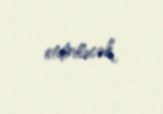
etdiriləcək.